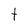
Character: t